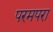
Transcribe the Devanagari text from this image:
परमपरा